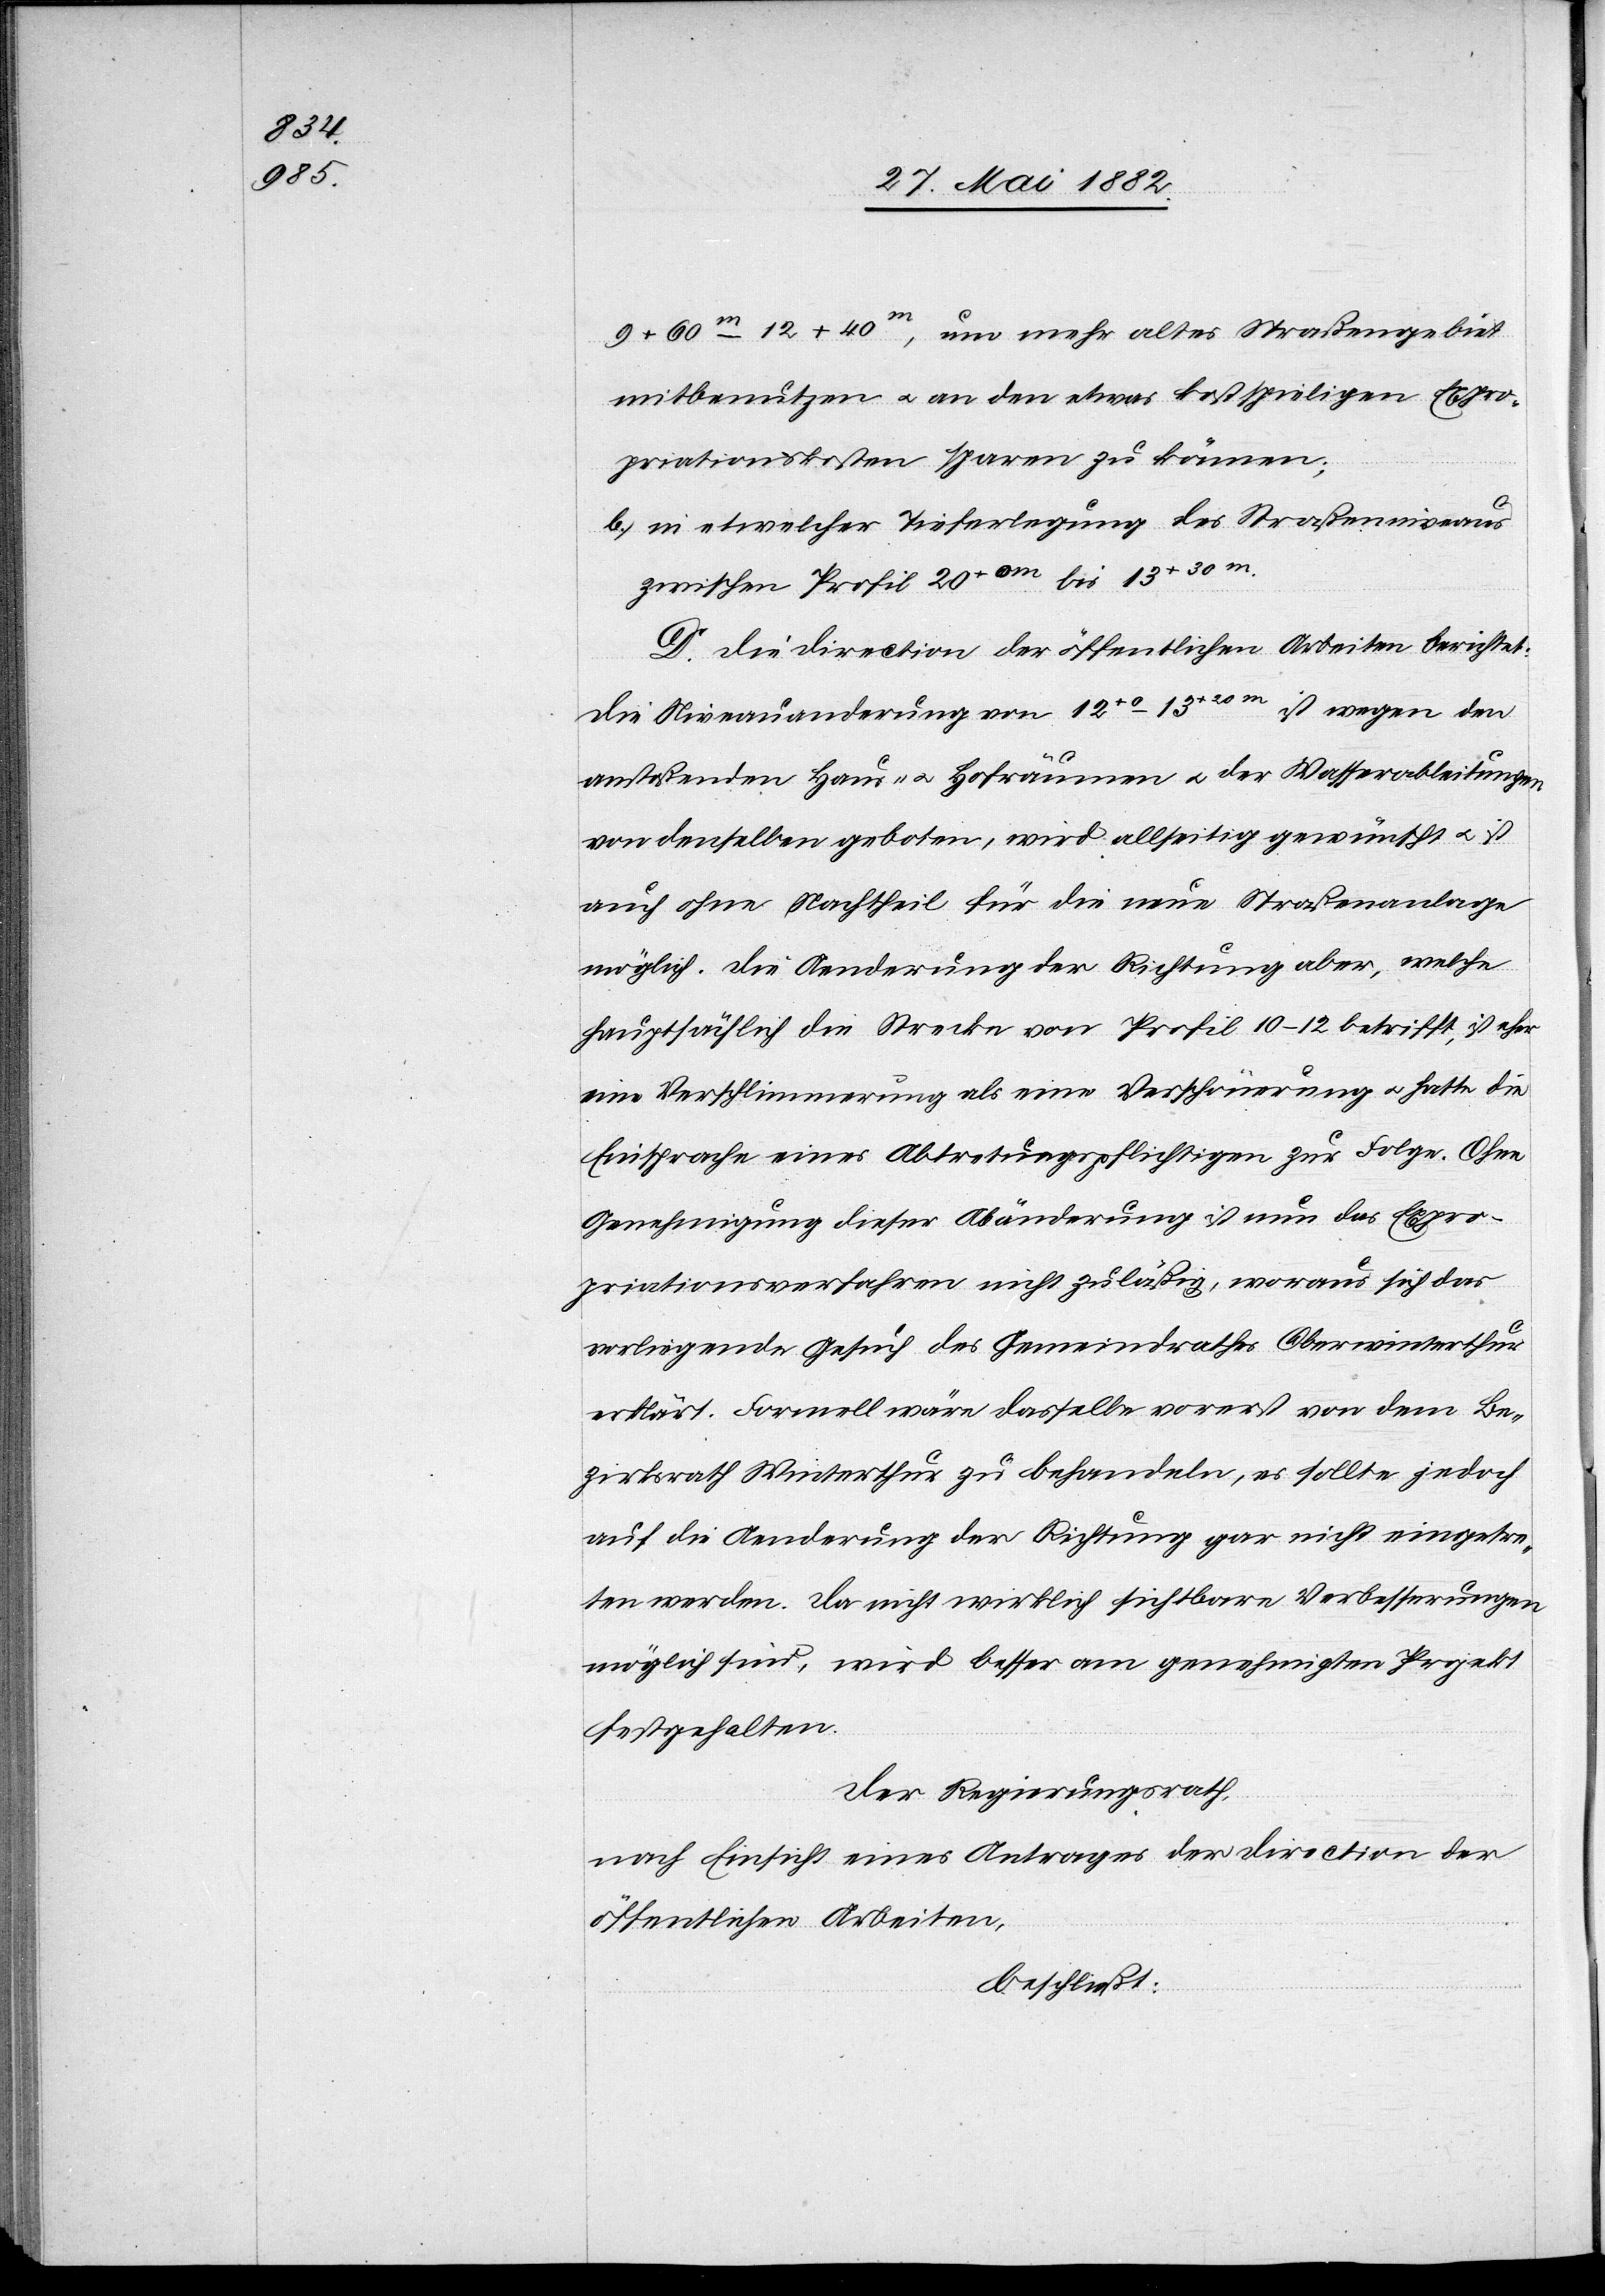
9 + 60m–12 + 40m, um mehr altes Straßengebiet
mitbenutzen u. an den etwas kostspieligen Expro¬
priationskosten sparen zu können;
b. in etwelcher Tieferlegung des Straßenniveaus
zwischen Profil 20+0 m bis 13+30 m.
D. Die Direction der öffentlichen Arbeiten berichtet:
Die Niveauänderung von 20+0 m–13+30 m ist wegen den
anstoßenden Haus- u. Hofräumen u. der Wasserableitungen
von denselben geboten, wird allseitig gewünscht u. ist
auch ohne Nachtheil für die neue Straßenanlage
möglich. Die Aenderung der Richtung aber, welche
hauptsächlich die Strecke von Profil 10–12 betrifft, ist eher
eine Verschlimmerung als eine Verschönerung u. hatte die
Einsprache eines Abtretungspflichtigen zur Folge. Ohne
Genehmigung dieser Abänderung ist nun das Expro¬
priationsverfahren nicht zuläßig, woraus sich das
vorliegende Gesuch des Gemeindrathes Oberwinterthur
erklärt. Formell wäre dasselbe vorerst von dem Be¬
zirksrath Winterthur zu behandeln, es sollte jedoch
auf die Aenderung der Richtung gar nicht eingetre¬
ten werden. Da nicht wirklich sichtbare Verbesserungen
möglich sind, wird besser am genehmigten Projekt
festgehalten.
Der Regierungsrath,
nach Einsicht eines Antrages der Direction der
öffentlichen Arbeiten,
beschließt: